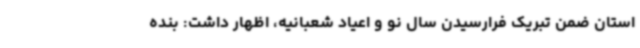
استان ضمن تبریک فرارسیدن سال نو و اعیاد شعبانیه، اظهار داشت: بنده